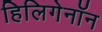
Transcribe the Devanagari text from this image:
हिलिगेनॉन